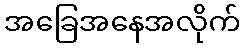
အခြေအနေအလိုက်